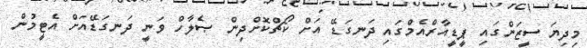
މިދިޔަ ސީޒަންގައި ޕީޑީއާރްއެމްގައި ދަނގަޑޭ އަށް ކޯޗްކޮށްދިން ޞެލާހް ވަނީ ދަނގަޑޭއަށް އެޓީމުން